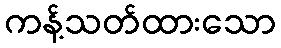
ကန့်သတ်ထားသော